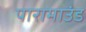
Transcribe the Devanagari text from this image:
पारामाउंड